画像に写った文字を読んでください
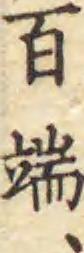
「百端、」と書いてあります